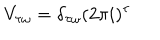
V _ { \tau \omega } = \delta _ { \tau \omega } ( 2 \pi i ) ^ { \tau }